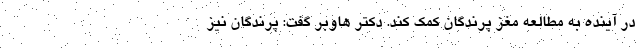
در آینده به مطالعه مغز پرندگان کمک کند. دکتر هاوبر گفت: پرندگان نیز